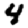
Digit: 4